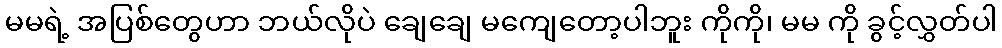
မမရဲ့ အပြစ်တွေဟာ ဘယ်လိုပဲ ချေချေ မကျေတော့ပါဘူး ကိုကို၊ မမ ကို ခွင့်လွှတ်ပါ